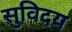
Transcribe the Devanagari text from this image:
सुविदय